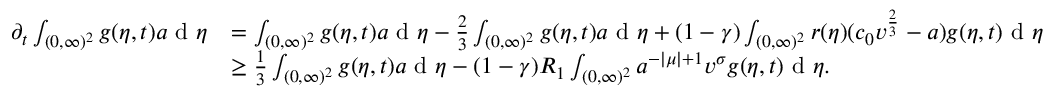
\begin{array} { r l } { \partial _ { t } \int _ { ( 0 , \infty ) ^ { 2 } } g ( \eta , t ) a \textup { d } \eta } & { = \int _ { ( 0 , \infty ) ^ { 2 } } g ( \eta , t ) a \textup { d } \eta - \frac { 2 } { 3 } \int _ { ( 0 , \infty ) ^ { 2 } } g ( \eta , t ) a \textup { d } \eta + ( 1 - \gamma ) \int _ { ( 0 , \infty ) ^ { 2 } } r ( \eta ) ( c _ { 0 } v ^ { \frac { 2 } { 3 } } - a ) g ( \eta , t ) \textup { d } \eta } \\ & { \geq \frac { 1 } { 3 } \int _ { ( 0 , \infty ) ^ { 2 } } g ( \eta , t ) a \textup { d } \eta - ( 1 - \gamma ) R _ { 1 } \int _ { ( 0 , \infty ) ^ { 2 } } a ^ { - | \mu | + 1 } v ^ { \sigma } g ( \eta , t ) \textup { d } \eta . } \end{array}